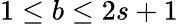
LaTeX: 1\leq b\leq 2s+1